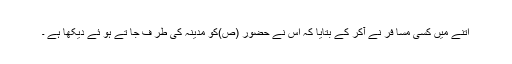
اتنے میں کسی مسا فر نے آکر کے بتایا کہ اس نے حضور (ص)کو مدینہ کی طر ف جا تے ہو ئے دیکھا ہے ۔